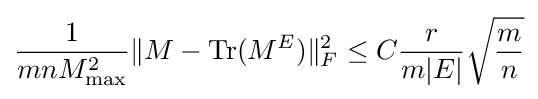
{\frac {1}{mnM_{\text{max}}^{2}}}\|M-{\text{Tr}}(M^{E})\|_{F}^{2}\leq C{\frac {r}{m|E|}}{\sqrt {\frac {m}{n}}}